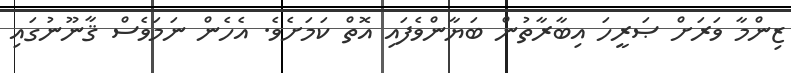
ޒިންމާ ވަރަށް ޞަރީހަ އިބާރާތުން ބަޔާންވެފައި އޮތް ކަމަށެވެ. އެހެން ނަމަވެސް ޤާނޫނުގައި